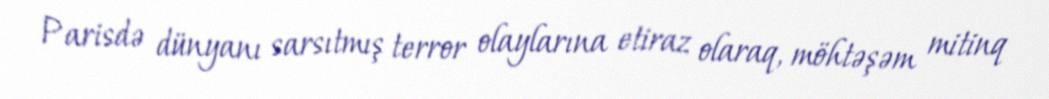
Parisdə dünyanı sarsıtmış terror olaylarına etiraz olaraq, möhtəşəm mitinq